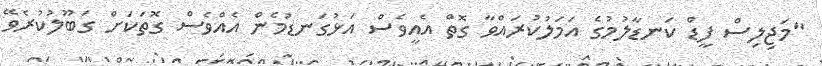
"މަޖިލިސް ފީޑް ކަނޑާލުމުގެ އަމަލުކުރައްވާ ގޮތް އެއީވެސް އަޅުގަނޑުމެން އެއްވެސް ގޮތަކަށް ގަބޫލުކުރެވޭ